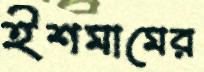
ইশমামের